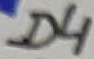
Text: D4